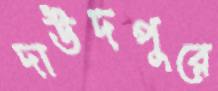
দাউদপুরে